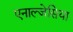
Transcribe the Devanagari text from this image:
एनाल्जेसिया